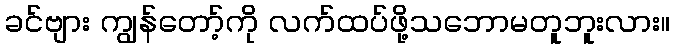
ခင်ဗျား ကျွန်တော့်ကို လက်ထပ်ဖို့သဘောမတူဘူးလား။